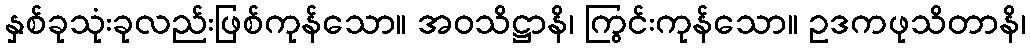
နှစ်ခုသုံးခုလည်းဖြစ်ကုန်သော။ အဝသိဋ္ဌာနိ၊ ကြွင်းကုန်သော။ ဥဒကဖုသိတာနိ၊